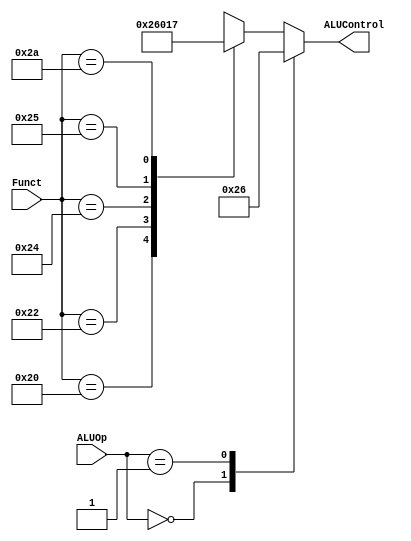
module ALUDec (  //ALUFS
    input [5:0] Funct,
    input [1:0] ALUOp,
    output reg [3:0] ALUControl
);

    always @(*) begin
        case (ALUOp)
            2'b00: begin ALUControl <= 4'b0010; end  // add (for lw/sw/addi)
            2'b01: begin ALUControl <= 4'b0110; end  // sub (for beq)
            default: begin
                case (Funct)  // R-type Instructions
                    6'b100000: ALUControl <= 4'b0010;  // add
                    6'b100010: ALUControl <= 4'b0110;  // sub
                    6'b100100: ALUControl <= 4'b0000;  // and
                    6'b100101: ALUControl <= 4'b0001;  // or
                    6'b101010: ALUControl <= 4'b0111;  // slt
                    default:   ALUControl <= 4'bxxxx;  // ???
                endcase
            end
        endcase
            end

endmodule